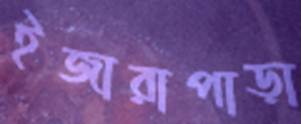
ইজারাপাড়া